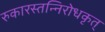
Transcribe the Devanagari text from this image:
रुकारस्तन्निरोधकृत्